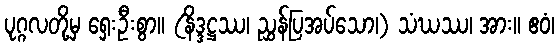
ပုဂ္ဂလတို့မှ ရှေးဦးစွာ။ (နိဒ္ဒဋ္ဌဿ၊ ညွှန်ပြအပ်သော၊) သံဃဿ၊ အား။ ဧဝံ၊